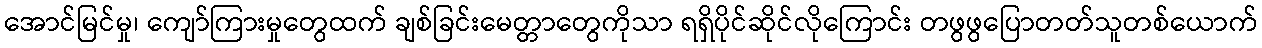
အောင်မြင်မှု၊ ကျော်ကြားမှုတွေထက် ချစ်ခြင်းမေတ္တာတွေကိုသာ ရရှိပိုင်ဆိုင်လိုကြောင်း တဖွဖွပြောတတ်သူတစ်ယောက်